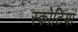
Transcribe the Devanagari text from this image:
स्कोटियां